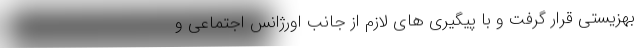
بهزیستی قرار گرفت و با پیگیری های لازم از جانب اورژانس اجتماعی و